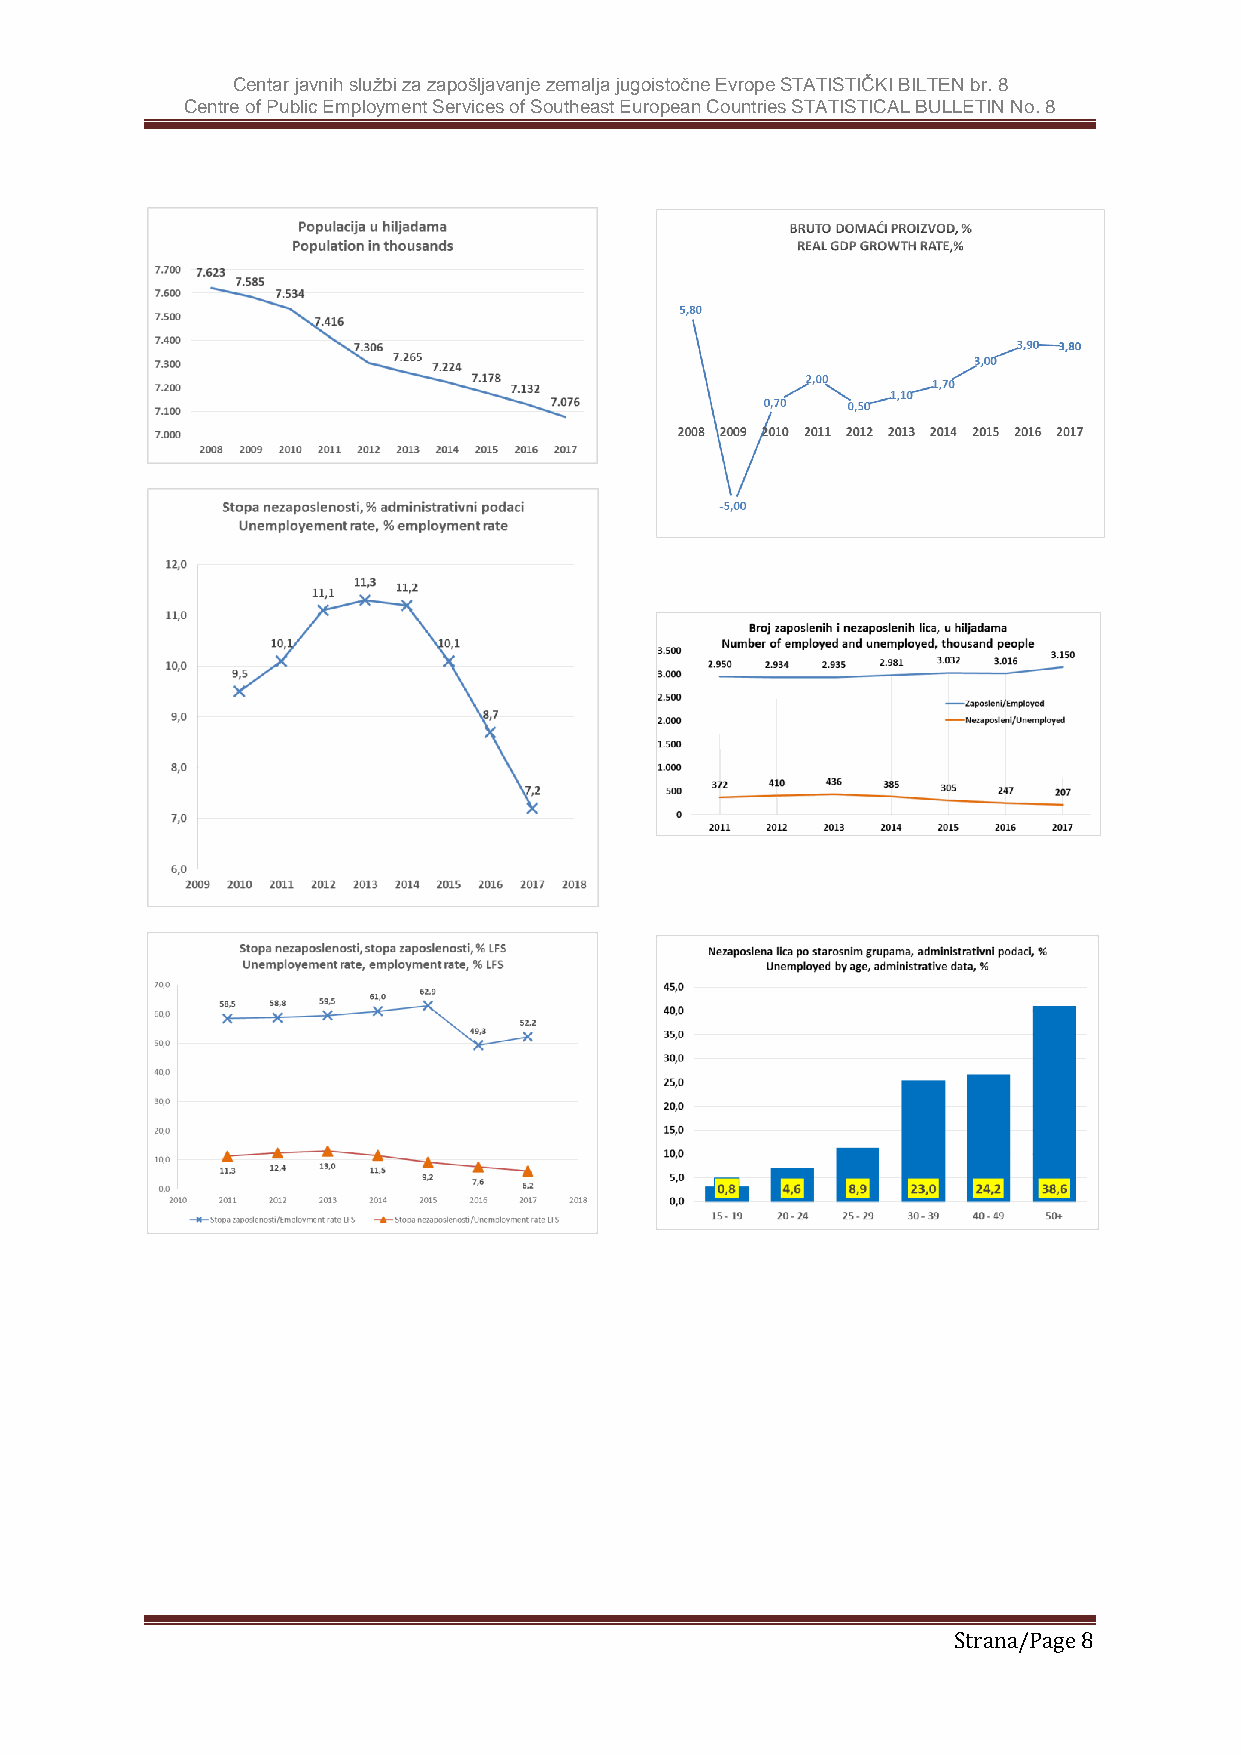
Centar javnih službi za zapošljavanje zemalja jugoistočne Evrope STATISTIČKI BILTEN br. 8
 Centre of Public Employment Services of Southeast European Countries STATISTICAL BULLETIN No. 8
 Strana/Page 8